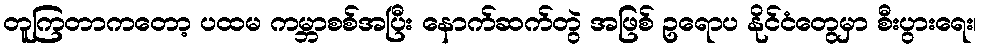
တူကြတာကတော့ ပထမ ကမ္ဘာစစ်အပြီး နောက်ဆက်တွဲ အဖြစ် ဥရောပ နိုင်ငံတွေမှာ စီးပွားရေး၊